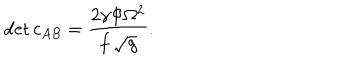
\det c _ { A B } = { \frac { 2 \gamma \Phi \Omega ^ { 2 } } { f \, \sqrt { g } } } .